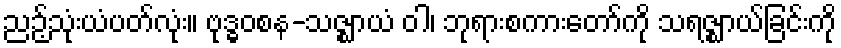
ညဉ့်သုံးယံပတ်လုံး။ ဗုဒ္ဓဝစန-သဇ္ဈာယံ ဝါ၊ ဘုရားစကားတော်ကို သရဇ္ဈာယ်ခြင်းကို